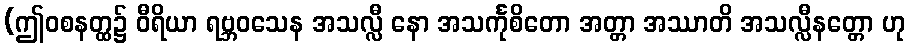
(ဤဝစနတ္ထ၌ ဝီရိယာ ရဗ္ဘဝသေန အသလ္လီ နော အသင်္ကုစိတော အတ္တာ အဿာတိ အသလ္လီနတ္တော ဟု